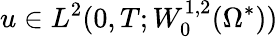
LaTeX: u\in L^{2}(0,T;W_{0}^{1,2}(\Omega^{*}))